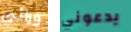
ورائي يدعوني